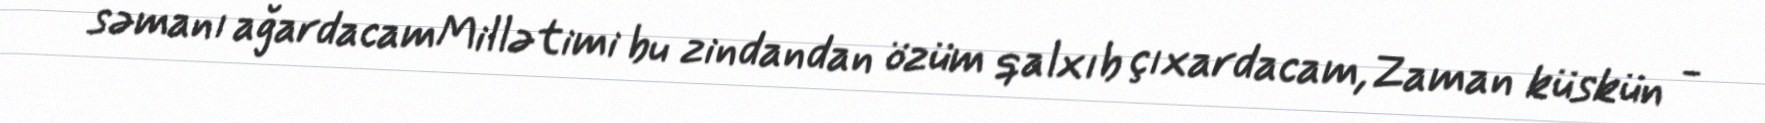
səmanı ağardacamMillətimi bu zindandan özüm qalxıb çıxardacam,Zaman küskün -